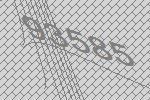
93585